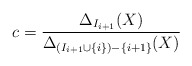
\begin{align*}c = \frac{\Delta_{I_{i+1}}(X)}{\Delta_{(I_{i+1}\cup \{i\})-\{i+1\}}(X)}\end{align*}